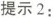
提示2：